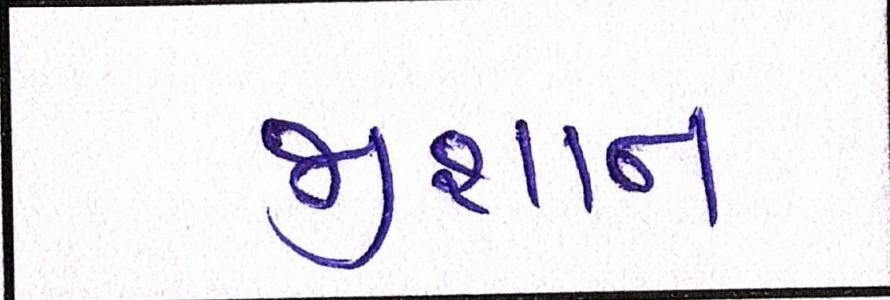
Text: જીશાન